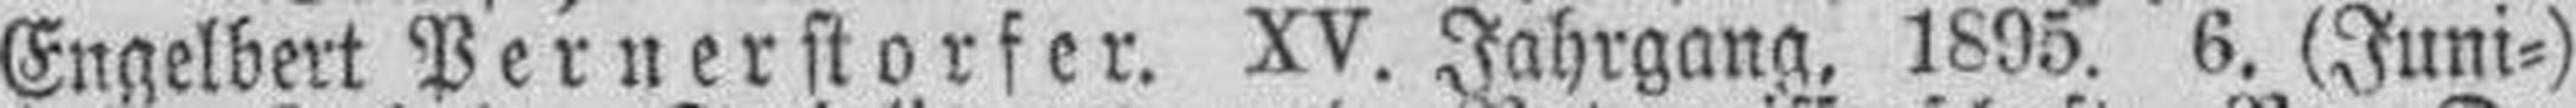
Engelbert Pernerstorfer. XV. Jahrgang, 1895. 6. (Juni=)